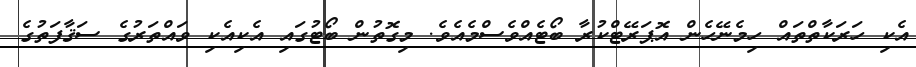
އެކި ހަރަކާތްތައް ހިމެނޭހެން އޮޕަރޭޓްކުރާ ބޯޓެއްވެސްމެއެވެ. މިގޮތުން ބޯޓުގައި އެކިއެކި ވައްތަރުގެ ސަޤާފަތުގެ